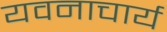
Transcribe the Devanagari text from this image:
यवनाचार्य